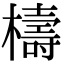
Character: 檮